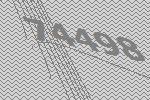
74498